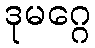
ဒုမဂ္ဂေ